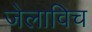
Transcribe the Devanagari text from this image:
जेलाविच